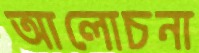
আলোচনা